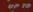
up